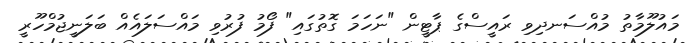
މައުލޫމާތު މުއްސަނދިވި ރައީސްގެ ޕާޓީން "ނަހަމަ ގޮތުގައި" ފޯމު ފުރުވި މައްސަލައެއް ބަލަނީޖުމްހޫރީ